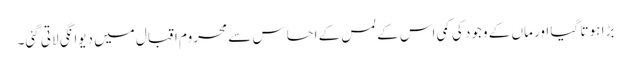
بڑا ہو تا گیا اور ماں کے وجود کی کمی اس کے لمس کے احساس سے محروم اقبال میں دیوانگی لاتی گئی۔